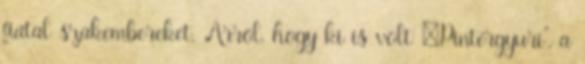
fiatal szakembereket. Arról, hogy ki is volt „Pintérgyuri”, a